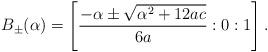
LaTeX: \begin{align*}B_{\pm}(\alpha)=\left[\frac{-\alpha\pm\sqrt{\alpha^2+12ac}}{6a}:0:1\right].\end{align*}